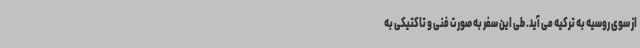
از سوی روسیه به ترکیه می آید. طی این سفر به صورت فنی و تاکتیکی به